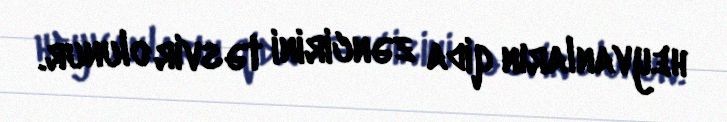
heyvanların qida zəncirini təsvir olunur.